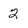
Character: 2